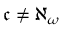
{ \mathfrak { c } } \neq \aleph _ { \omega }